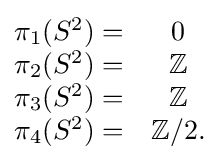
{\begin{matrix}\pi _{1}(S^{2})=&0\\\pi _{2}(S^{2})=&\mathbb {Z} \\\pi _{3}(S^{2})=&\mathbb {Z} \\\pi _{4}(S^{2})=&\mathbb {Z} /2.\end{matrix}}